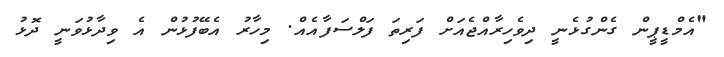
"އެމްޑީޕީން ގެންގުޅެނީ ދިވެހިރާއްޖެއަށް ފަރިތަ ފަލްސަފާއެއް. މިހާރު އެބޭފުޅުން އެ ވިދާޅުވަނީ ދޮޅު